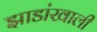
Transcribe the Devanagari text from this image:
झाडांखाली